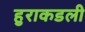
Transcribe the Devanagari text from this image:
हुराकडली